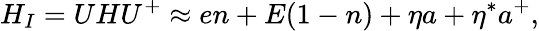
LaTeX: H_{I}=UHU^{+}\approx en+E(1-n)+\eta a+\eta^{*}a^{+},